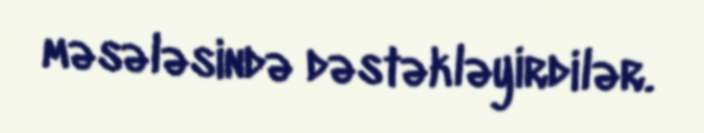
məsələsində dəstəkləyirdilər.